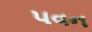
૫વન